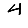
Digit: 4